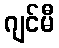
ဂျင်မီ